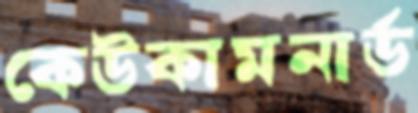
কেউকামনার্ড